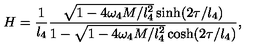
H = \frac { 1 } { l _ { 4 } } \frac { \sqrt { 1 - 4 \omega _ { 4 } M / l _ { 4 } ^ { 2 } } \sinh ( 2 \tau / l _ { 4 } ) } { 1 - \sqrt { 1 - 4 \omega _ { 4 } M / l _ { 4 } ^ { 2 } } \cosh ( 2 \tau / l _ { 4 } ) } ,